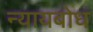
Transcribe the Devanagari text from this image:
न्यायबोध